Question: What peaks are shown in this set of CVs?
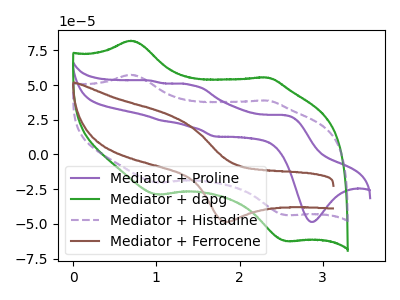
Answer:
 <answer>The purple curve "Mediator + Proline" has anodic peaks at (2.55V, 28.35uA) (1.40V, 50.15uA) (1.05V, 24.30uA) (0.95V, 53.15uA) and cathodic peaks at (2.85V, -48.50uA) (1.70V, 12.90uA). The green curve "Mediator + dapg" has anodic peaks at (0.70V, 81.90uA) (2.35V, 55.40uA) and cathodic peaks at (1.00V, -28.90uA) (2.55V, -62.35uA). The purple dashed curve "Mediator + Histadine" has anodic peaks at (0.70V, 57.35uA) (2.35V, 38.80uA) and cathodic peaks at (1.00V, -20.25uA) (2.55V, -43.65uA). The brown curve "Mediator + Ferrocene" has an anodic peak at (1.15V, 28.40uA) and a cathodic peak at (1.85V, -48.50uA).</answer>
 <eval></eval>